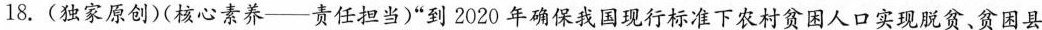
18.(独家原创)(核心素养——责任担当)”到2020年确保我国现行标准下农村贫困人口实现脱贫、贫困县